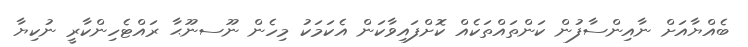
ބެއްޔާއަަށް ނާއިންސާފުން ކަންތައްތަކެއް ކޮށްފައިވާކަން އެކަމަކު މިހެން ނޫސނޫޙާ ރައްޓެހިންކާރީ ނުކިޔާ